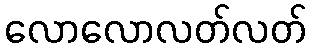
လောလောလတ်လတ်